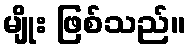
မျိုး ဖြစ်သည်။